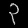
Digit: ၃